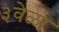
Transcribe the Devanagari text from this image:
३वेळा